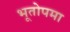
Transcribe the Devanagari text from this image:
भूतोपमा